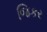
જિકર